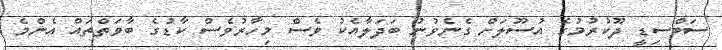
ސަބްސިޑީ ދޫކުރުމުގެ އުސޫލަށް ގެނެވުނު ބަދަލާއެކު ވެސް މިހާރުވެސް ކާޑުގެ ބާވަތްތައް އެންމެ